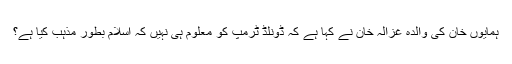
ہمایوں خان کی والدہ غزالہ خان نے کہا ہے کہ ڈونلڈ ٹرمپ کو معلوم ہی نہیں کہ اسلام بطور مذہب کیا ہے؟